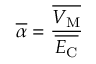
\overline { { \alpha } } = \frac { \overline { { V _ { \mathrm { M } } } } } { \overline { { E _ { \mathrm { C } } } } }